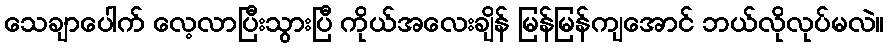
သေချာပေါက် လေ့လာပြီးသွားပြီ ကိုယ်အလေးချိန် မြန်မြန်ကျအောင် ဘယ်လိုလုပ်မလဲ။